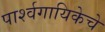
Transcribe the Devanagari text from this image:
पार्श्वगायिकेचे